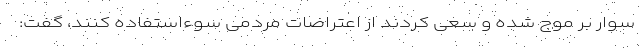
سوار بر موج شده و سعی کردند از اعتراضات مردمی سوءاستفاده کنند، گفت: